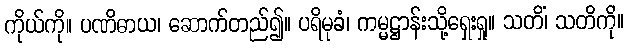
ကိုယ်ကို။ ပဏိဓာယ၊ ဆောက်တည်၍။ ပရိမုခံ၊ ကမ္မဋ္ဌာန်းသို့ရှေးရှု။ သတိံ၊ သတိကို။